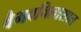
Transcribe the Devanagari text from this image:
वैभवविलासात